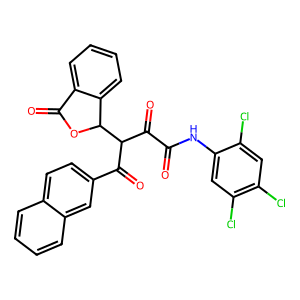
SMILES: O=C(Nc1cc(Cl)c(Cl)cc1Cl)C(=O)C(C(=O)c1ccc2ccccc2c1)C1OC(=O)c2ccccc21
Inhibits HIV replication: No